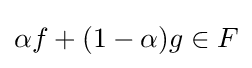
\alpha f+(1-\alpha )g\in F